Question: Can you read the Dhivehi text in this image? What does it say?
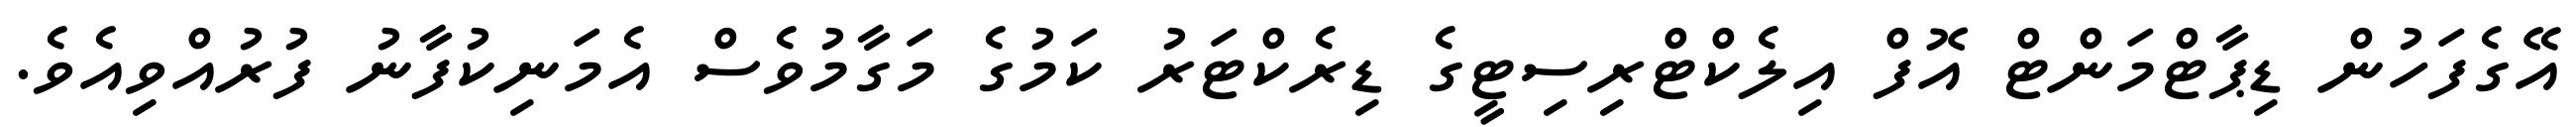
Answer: އޭގެފަހުން ޑިޕާޓްމަންޓް އޮފް އިލެކްޓްރިސިޓީގެ ޑިރެކްޓަރު ކަމުގެ މަގާމުވެސް އެމަނިކުފާނު ފުރުއްވިއެވެ.